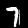
Label: 7